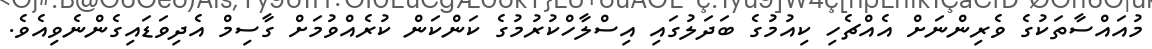
މުއައްސާތަކުގެ ވެރިންނަށް އެއްޗެހި ކިއުމުގެ ބަދަލުގައި އިސްލާހްކުރުމުގެ ކަންކަން ކުރެއްވުމަށް ގާސިމް އެދިވަޑައިގެންނެވިއެވެ.